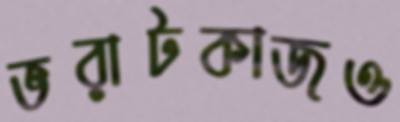
ভরাটকাজও